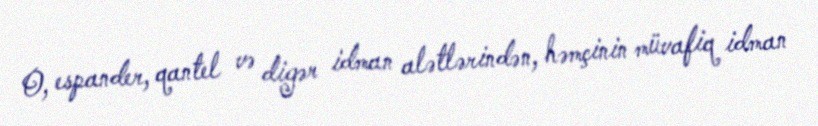
O, espander, qantel və digər idman alətlərindən, həmçinin müvafiq idman